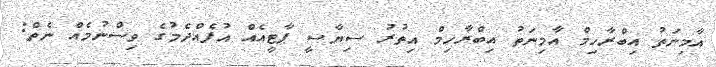
އާމިނަތު އިބްރާހިމް އާމިނަތު އިބްރާހިމް އިތުރު ސިޔާސީ ޕާޓީއެއް އުފެއްދެމުގެ ވިސްނުމެއް ނެތް: